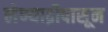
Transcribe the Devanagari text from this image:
लेण्याद्रीपासून